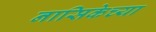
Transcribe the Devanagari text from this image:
नासिकेच्या